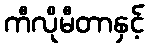
ကီလိုမီတာနှင့်